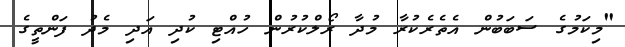
"މިކަމުގެ ސަބަބުން އެތެރެކުރާ މުދާ ރޯލްކުރުން ހުއްޓި ކުދި އަދި މެދު ފަންތީގެ